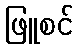
ဖြူစင်